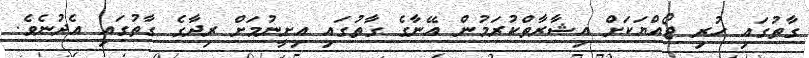
ގާތުގައި ހުރި ޖޯއްޔަކަށް އިޝާރާތްކުރަމުން އޭނާގެ ގާތުގައި އިށީނުމަށް ރިދާގެ ގާތުގައި އެދުނެވެ.